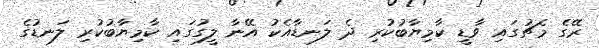
ރޭގެ މެޗުގައި ވާޑީ ކާމިޔާބުކުރި ދެ ލަނޑާއެކު އޭނާ ލީގުގައި ކާމިޔާބުކުރި ލަނޑުގެ